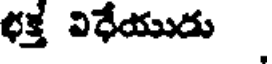
భక్త విధేయుడు